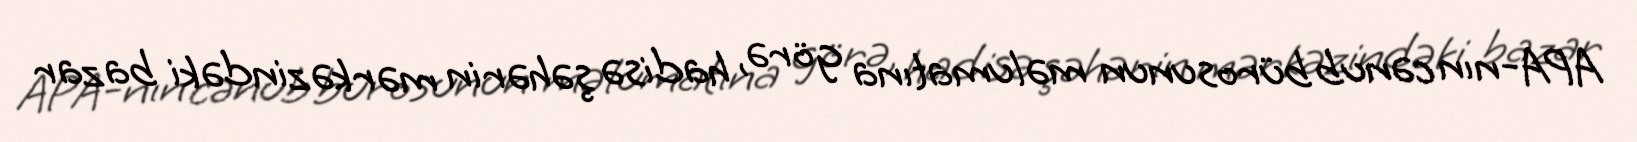
APA-nın cənub bürosunun məlumatına görə, hadisə şəhərin mərkəzindəki bazar